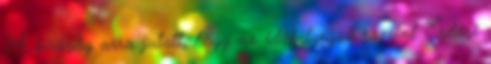
A bíróság arra jutott, hogy az időbélyegző szerint Erdősi